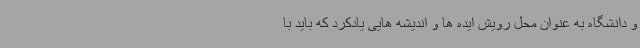
و دانشگاه به عنوان محل رویش ایده ها و اندیشه هایی یادکرد که باید با